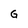
Character: G